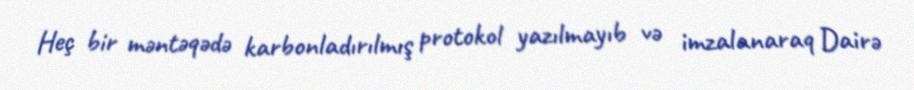
Heç bir məntəqədə karbonladırılmış protokol yazılmayıb və imzalanaraq Dairə